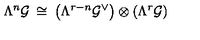
\Lambda ^ { n } { \cal G } \: \cong \: \left( \Lambda ^ { r - n } { \cal G } ^ { \vee } \right) \otimes \left( \Lambda ^ { r } { \cal G } \right)